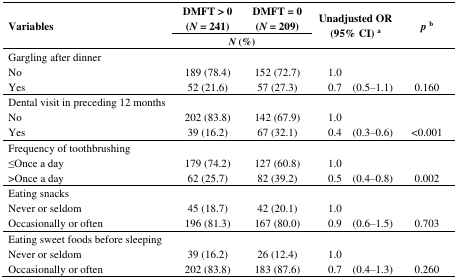
<table><thead><tr><td rowspan="2"><b>Variables</b></td><td><b>DMFT &gt; 0 (<i>N</i> = 241)</b></td><td><b>DMFT = 0 (<i>N</i> = 209)</b></td><td colspan="2" rowspan="2"><b>Unadjusted OR (95% CI) <sup>a</sup></b></td><td rowspan="2"><b><i>p</i><sup>b</sup></b></td></tr><tr><td colspan="2"><b><i>N</i> (%)</b></td></tr></thead><tbody><tr><td>Gargling after dinner</td><td>[EMPTY_CELL]</td><td>[EMPTY_CELL]</td><td>[EMPTY_CELL]</td><td>[EMPTY_CELL]</td><td>[EMPTY_CELL]</td></tr><tr><td>No</td><td>189 (78.4)</td><td>152 (72.7)</td><td>1.0 </td><td>[EMPTY_CELL]</td><td>[EMPTY_CELL]</td></tr><tr><td>Yes</td><td>52 (21.6)</td><td>57 (27.3)</td><td>0.7</td><td>(0.5–1.1)</td><td>0.160</td></tr><tr><td>Dental visit in preceding 12 months</td><td>[EMPTY_CELL]</td><td>[EMPTY_CELL]</td><td>[EMPTY_CELL]</td><td>[EMPTY_CELL]</td><td>[EMPTY_CELL]</td></tr><tr><td>No</td><td>202 (83.8)</td><td>142 (67.9)</td><td>1.0 </td><td>[EMPTY_CELL]</td><td>[EMPTY_CELL]</td></tr><tr><td>Yes</td><td>39 (16.2)</td><td>67 (32.1)</td><td>0.4</td><td>(0.3–0.6)</td><td>&lt;0.001</td></tr><tr><td>Frequency of toothbrushing </td><td>[EMPTY_CELL]</td><td>[EMPTY_CELL]</td><td>[EMPTY_CELL]</td><td>[EMPTY_CELL]</td><td>[EMPTY_CELL]</td></tr><tr><td>≤Once a day</td><td>179 (74.2)</td><td>127 (60.8)</td><td>1.0 </td><td>[EMPTY_CELL]</td><td>[EMPTY_CELL]</td></tr><tr><td>&gt;Once a day </td><td>62 (25.7)</td><td>82 (39.2)</td><td>0.5 </td><td>(0.4–0.8)</td><td>0.002</td></tr><tr><td>Eating snacks </td><td>[EMPTY_CELL]</td><td>[EMPTY_CELL]</td><td>[EMPTY_CELL]</td><td>[EMPTY_CELL]</td><td>[EMPTY_CELL]</td></tr><tr><td>Never or seldom </td><td>45 (18.7)</td><td>42 (20.1)</td><td>1.0 </td><td>[EMPTY_CELL]</td><td>[EMPTY_CELL]</td></tr><tr><td>Occasionally or often </td><td>196 (81.3)</td><td>167 (80.0)</td><td>0.9 </td><td>(0.6–1.5)</td><td>0.703</td></tr><tr><td>Eating sweet foods before sleeping</td><td>[EMPTY_CELL]</td><td>[EMPTY_CELL]</td><td>[EMPTY_CELL]</td><td>[EMPTY_CELL]</td><td>[EMPTY_CELL]</td></tr><tr><td>Never or seldom</td><td>39 (16.2)</td><td>26 (12.4)</td><td>1.0 </td><td>[EMPTY_CELL]</td><td>[EMPTY_CELL]</td></tr><tr><td>Occasionally or often </td><td>202 (83.8)</td><td>183 (87.6)</td><td>0.7 </td><td>(0.4–1.3)</td><td>0.260</td></tr></tbody></table>